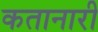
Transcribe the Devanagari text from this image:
कतानारी